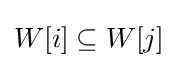
W[i]\subseteq W[j]